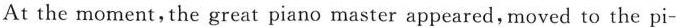
At the moment,，the great piano master appeared，moved to the pi-